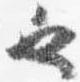
也